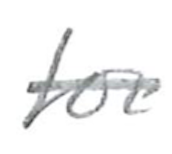
Text: for
Cross-out: single-line
Writing tool: pencil